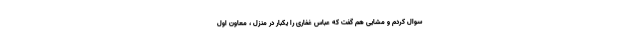
سوال کردم و مشایی هم گفت که عباس غفاری را یکبار در منزل ، معاون اول